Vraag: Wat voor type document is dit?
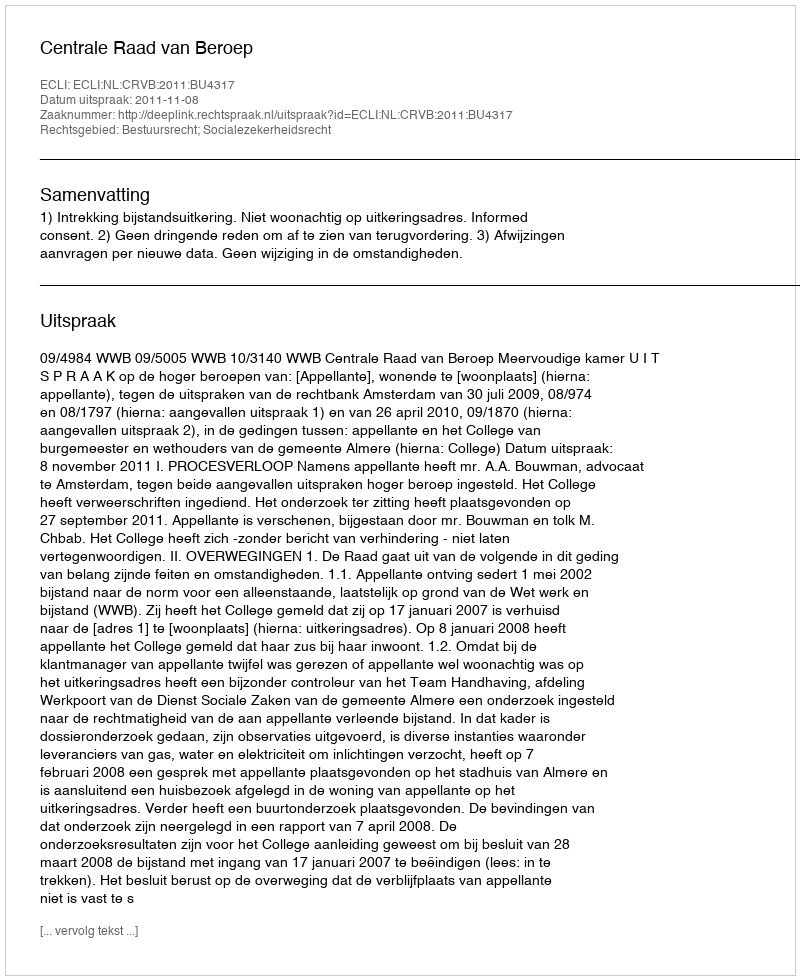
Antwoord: Uitspraak